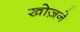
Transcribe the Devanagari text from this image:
खोज़ने